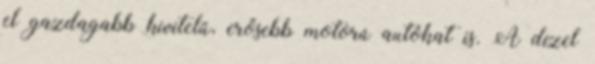
el gazdagabb kivitelű, erősebb motorú autókat is. A dízel